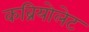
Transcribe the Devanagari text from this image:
कब्रियोलेट